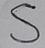
Text: S